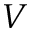
V